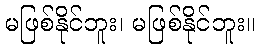
မဖြစ်နိုင်ဘူး၊ မဖြစ်နိုင်ဘူး။